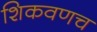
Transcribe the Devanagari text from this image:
शिकवणच